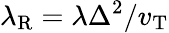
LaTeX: \lambda_{\mathrm{R}}=\lambda\Delta^{2}/v_{\mathrm{T}}